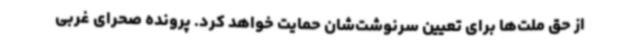
از حق ملت‌ها برای تعیین سرنوشت‌شان حمایت خواهد کرد. پرونده صحرای غربی